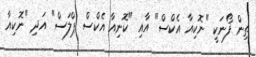
ތިން ފޯނަކީ "ނޮކިއާ އެކްސް" އާއި "ކޮނިއާ އެކްސް ޕްލަސް" އަދި "ނޮކިއާ